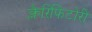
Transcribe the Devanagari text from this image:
क्लैरिफिटोरी